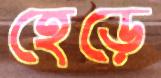
হেড়ে